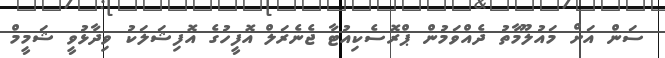
ސަން އަށް މައުލޫމާތު ދެއްވަމުން ޕްރޮސެކިއުޓާ ޖެނެރަލް އޮފީހުގެ އޮފިޝަލަކު ވިދާޅުވީ ޝަމީމް